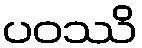
ပဝဿိ